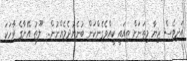
އަދިވެސް ޒިޔާ މިތަނަށް ތިއައީ ކީއްވެގެންކަން ބުނެނުދެމެއްނުން..  ލޫތު އޭނާގެ ވާހަކަ